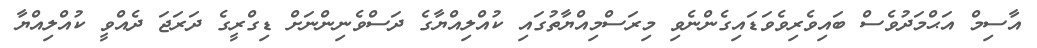
އާސިމް އަޙްމަދުވެސް ބައިވެރިވެވަޑައިގެންނެވި މިރަސްމިއްޔާތުގައި ކުއްލިއްޔާގެ ދަސްވެނިންނަށް ޑިގްރީގެ ދަރަޖަ ދެއްވީ ކުއްލިއްޔާ